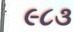
૯૮૩